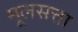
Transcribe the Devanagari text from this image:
मूलसत्ता